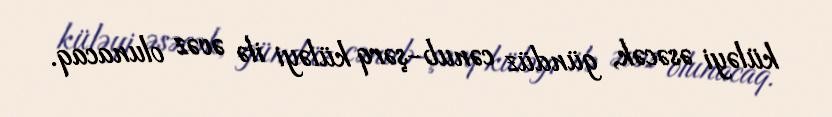
küləyi əsəcək, gündüz cənub-şərq küləyi ilə əvəz olunacaq.